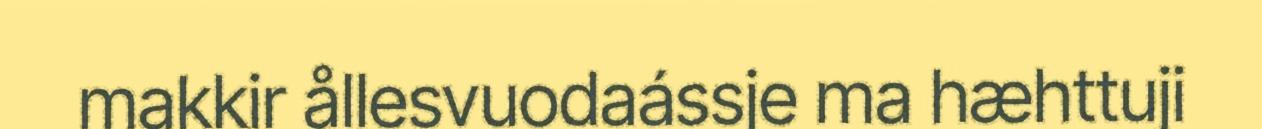
makkir ållesvuodaássje ma hæhttuji